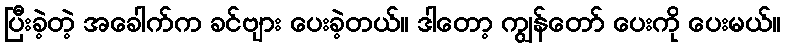
ပြီးခဲ့တဲ့ အခေါက်က ခင်ဗျား ပေးခဲ့တယ်။ ဒါတော့ ကျွန်တော် ပေးကို ပေးမယ်။